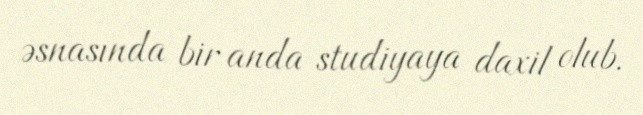
əsnasında bir anda studiyaya daxil olub.